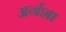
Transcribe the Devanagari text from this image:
अर्नशा